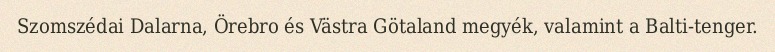
Szomszédai Dalarna, Örebro és Västra Götaland megyék, valamint a Balti-tenger.